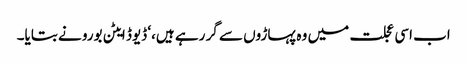
اب اسی عجلت میں وہ پہاڑوں سے گر رہے ہیں،‘ ڈیوڈ ایٹن بورو نے بتایا۔